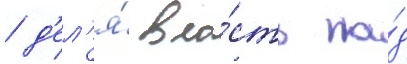
/ д'ел'я́ вла́сть на́д